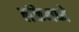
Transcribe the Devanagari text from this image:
लंकेमध्ये